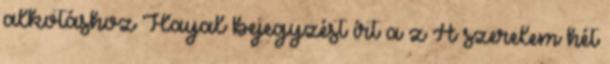
alkotáshoz Hayal bejegyzést írt a z A szerelem hét